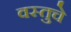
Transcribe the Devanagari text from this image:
वस्तुचे